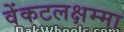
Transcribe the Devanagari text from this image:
वेंकटलक्षम्मा